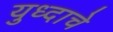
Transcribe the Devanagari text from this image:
युध्दाचे